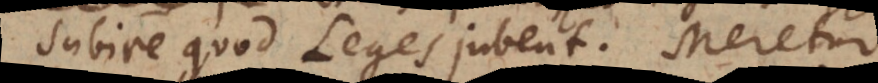
subire quod Leges jubent. Meretur